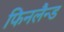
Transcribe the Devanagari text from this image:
फिनलैन्ड